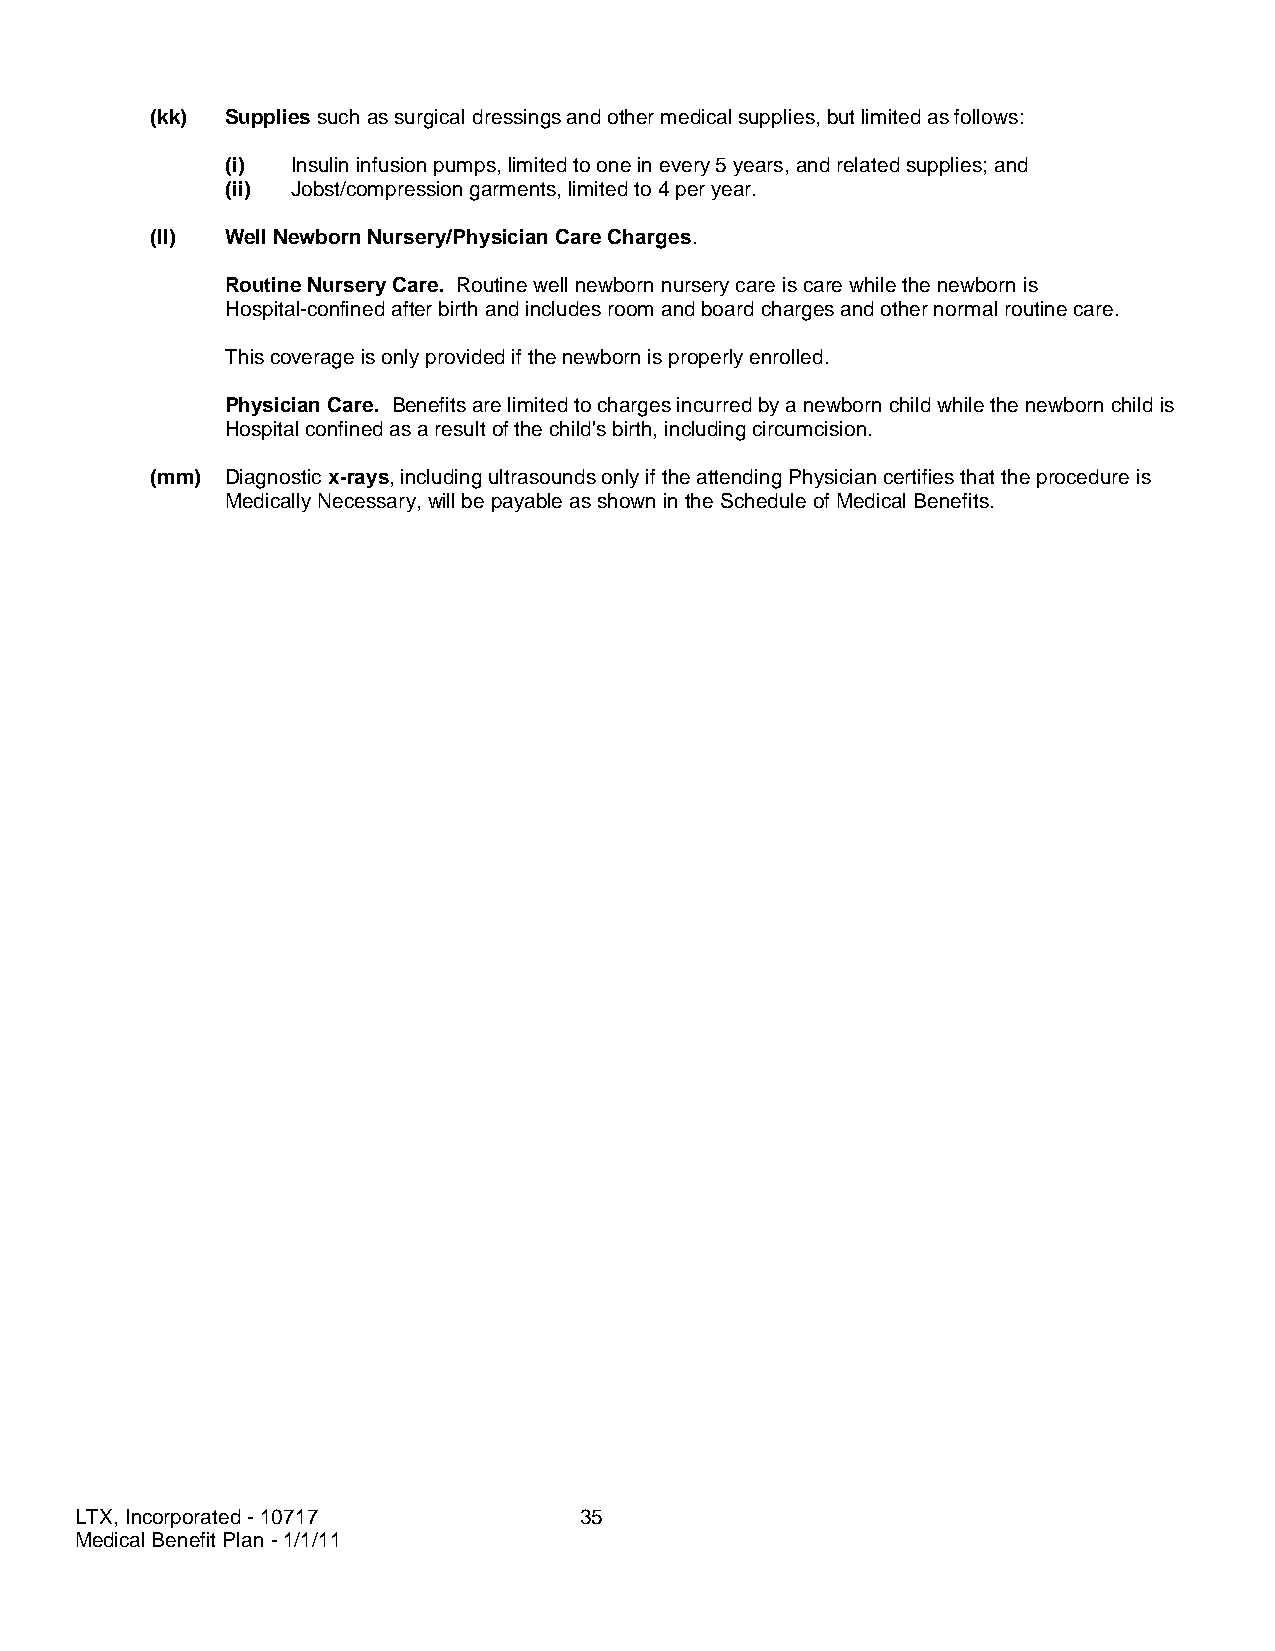
(kk) Supplies such as surgical dressings and other medical supplies, but limited as follows:
 (i) Insulin infusion pumps, limited to one in every 5 years, and related supplies; and
 (ii) Jobst/compression garments, limited to 4 per year.
 (ll) Well Newborn Nursery/Physician Care Charges.
 Routine Nursery Care. Routine well newborn nursery care is care while the newborn is
 Hospital-confined after birth and includes room and board charges and other normal routine care.
 This coverage is only provided if the newborn is properly enrolled.
 Physician Care. Benefits are limited to charges incurred by a newborn child while the newborn child is
 Hospital confined as a result of the child's birth, including circumcision.
 (mm) Diagnostic x-rays, including ultrasounds only if the attending Physician certifies that the procedure is
 Medically Necessary, will be payable as shown in the Schedule of Medical Benefits.
 LTX, Incorporated - 10717        35
 Medical Benefit Plan - 1/1/11